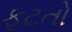
ફૂટતો